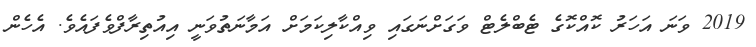
2019 ވަނަ އަހަރު ކޮއްކޮގެ ޓެބްލެޓް ވަގަށްނަގައި ވިއްކާލިކަމަށް އަމާނަތުވަނީ އިއުތިރާފްވެފައެވެ. އެހެން